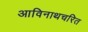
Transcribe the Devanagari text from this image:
आविनाथचरित